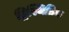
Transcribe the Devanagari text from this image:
द्विस्थितिक